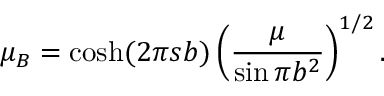
\mu _ { B } = \cosh ( 2 \pi s b ) \left( \frac { \mu } { \sin \pi b ^ { 2 } } \right) ^ { 1 / 2 } .